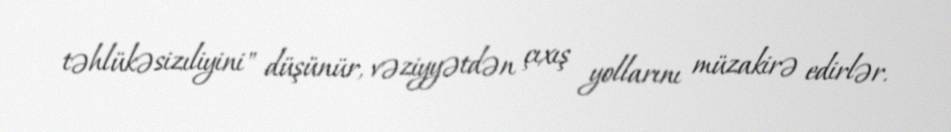
təhlükəsizıliyini" düşünür, vəziyyətdən çıxış yollarını müzakirə edirlər.